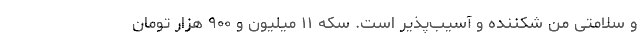
و سلامتی من شکننده و آسیب‌پذیر است. سکه ۱۱ میلیون و ۹۰۰ هزار تومان